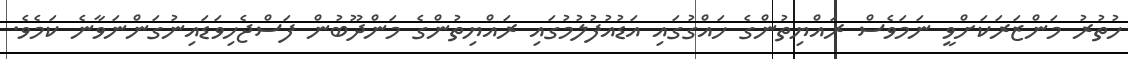
ހުތުރު މަންޒަރަކަށްވީ ނަމަވެސް ރައްޔިތުންގެ ހައްގުގައި އަޑުއުފުލުމުގައި ރައްޔިތުންގެ މަންދޫބުން ފަސްޖެހިވަޑައިނުގަންނަވާނެ ކަމެވެ.